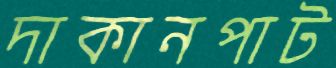
দাকানপাট